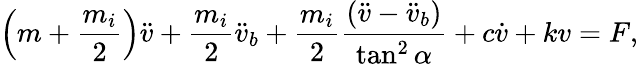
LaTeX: \left(m+\frac{m_{i}}{2}\right){\ddot{v}}+\frac{m_{i}}{2}{\ddot{v}_{b}}+\frac{m_{i}}{2}\frac{\left(\ddot{v}-\ddot{v}_{b}\right)}{\tan^{2}{\alpha}}+c\dot{v}+kv=F,